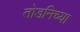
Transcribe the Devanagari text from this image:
तोडनिच्या